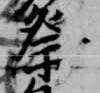
祭